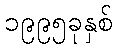
၁၉၉၅ခုနှစ်